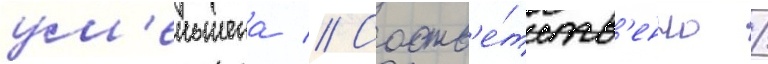
ум'еньшена // Соотв'е́тств'енно /